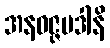
အနဝဇ္ဇပဒါနိ